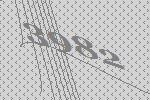
3982